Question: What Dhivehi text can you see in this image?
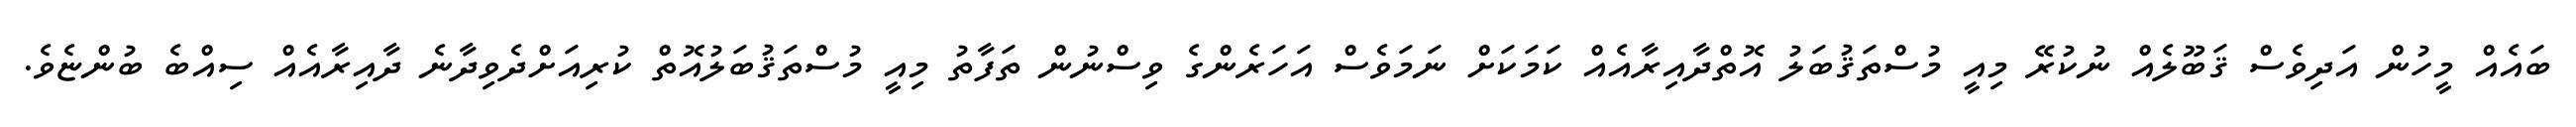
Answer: ބައެއް މީހުން އަދިވެސް ޤަބޫލެއް ނުކުރޭ މިއީ މުސްތަޤުބަލު އޮތްދާއިރާއެއް ކަމަކަށް ނަމަވެސް އަހަރެންގެ ވިސްނުން ތަފާތު މިއީ މުސްތަޤުބަލުއޮތް ކުރިއަށްދެވިދާނެ ދާއިރާއެއް ސިއްބެ ބުންޏެވެ.